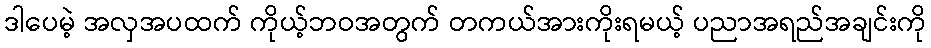
ဒါပေမဲ့ အလှအပထက် ကိုယ့်ဘဝအတွက် တကယ်အားကိုးရမယ့် ပညာအရည်အချင်းကို